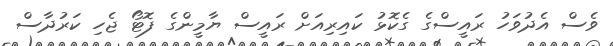
ވެސް އެދުވަހު ރައީސްގެ ގެކޮޅު ކައިރިއަށް ރައީސް ޔާމީންގެ ފޮޓޯ ޖެހި ކަރުދާސް